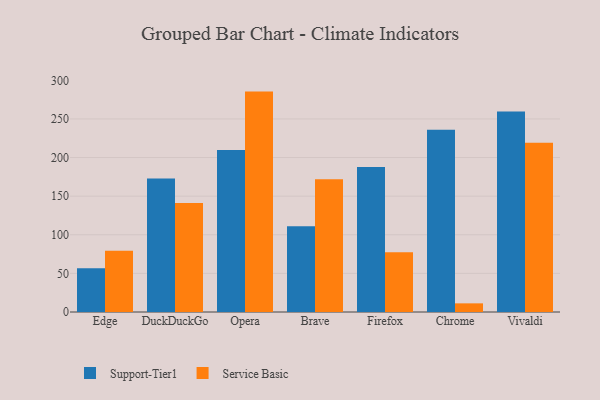
{"axis": {"x": "Browser", "y": "Tickets Resolved"}, "legend": ["Service Basic", "Support-Tier1"], "data": [{"x": "Edge", "y": 56.8, "type": "Support-Tier1"}, {"x": "Edge", "y": 79.4, "type": "Service Basic"}, {"x": "DuckDuckGo", "y": 172.8, "type": "Support-Tier1"}, {"x": "DuckDuckGo", "y": 141.2, "type": "Service Basic"}, {"x": "Opera", "y": 209.8, "type": "Support-Tier1"}, {"x": "Opera", "y": 285.4, "type": "Service Basic"}, {"x": "Brave", "y": 110.9, "type": "Support-Tier1"}, {"x": "Brave", "y": 171.8, "type": "Service Basic"}, {"x": "Firefox", "y": 187.8, "type": "Support-Tier1"}, {"x": "Firefox", "y": 77.4, "type": "Service Basic"}, {"x": "Chrome", "y": 236.0, "type": "Support-Tier1"}, {"x": "Chrome", "y": 11.2, "type": "Service Basic"}, {"x": "Vivaldi", "y": 259.5, "type": "Support-Tier1"}, {"x": "Vivaldi", "y": 219.1, "type": "Service Basic"}]}